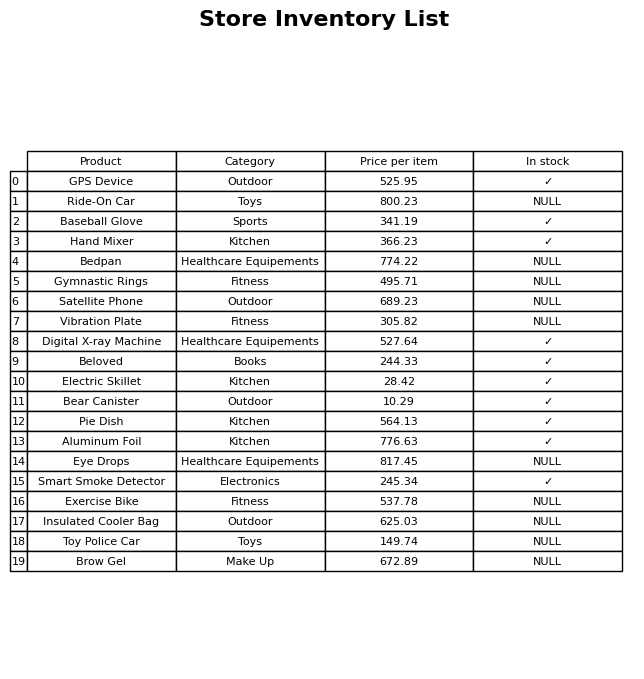
question: Is the Brow Gel in stock?
answer: NULL